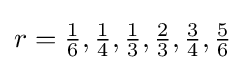
{\textstyle r={\frac {1}{6}},{\frac {1}{4}},{\frac {1}{3}},{\frac {2}{3}},{\frac {3}{4}},{\frac {5}{6}}}